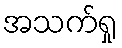
အသက်ရှု